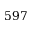
5 9 7